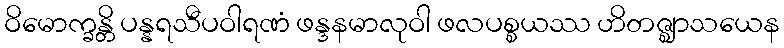
ဝိမောက္ခန္တိ ပန္နရသီပဝါရဏံ ဖန္ဒနမာလုဝါ ဖလပစ္စယဿ ဟိတဇ္ဈာသယေန